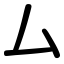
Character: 厶